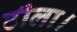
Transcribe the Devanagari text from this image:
टीला।